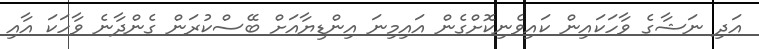
އަދި ނަޝާގެ ވާހަކައިން ކައިވެނިކޮށްގެން އައިމިނަ އިންޑިޔާއަށް ބޭސްކުރަން ގެންދާނެ ވާހަކަ އާއި